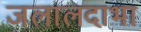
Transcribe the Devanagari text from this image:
जलालदाभा